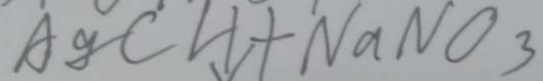
A g C l \downarrow + N a N O _ { 3 }